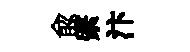
兪綮汴